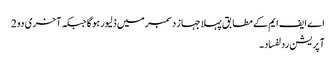
اے ایف ایم کے مطا بق پہلا جہاز دسمبر میں ڈلیور ہو گا جبکہ آخری دو 2
آپریشن ردلفساد۔